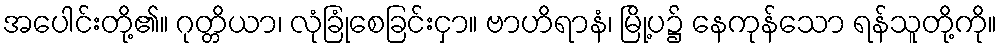
အပေါင်းတို့၏။ ဂုတ္တိယာ၊ လုံခြုံစေခြင်းငှာ။ ဗာဟိရာနံ၊ မြို့ပ၌ နေကုန်သော ရန်သူတို့ကို။